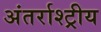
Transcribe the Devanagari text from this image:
अंतर्राश्ट्रीय